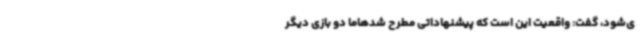
ی‌شود، گفت: واقعیت این است که پیشنهاداتی مطرح شدهاما دو بازی دیگر